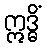
ဣဒ္ဓိံ